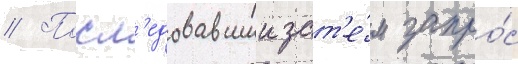
// Посл'едовавшии зат'е́м запро́с